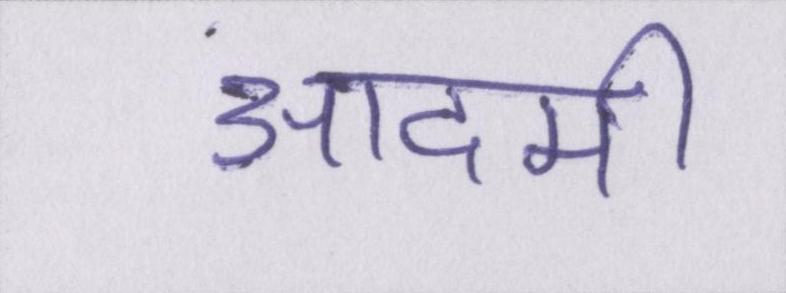
आदमी